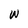
Character: W